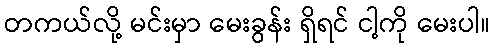
တကယ်လို့ မင်းမှာ မေးခွန်း ရှိရင် ငါ့ကို မေးပါ။